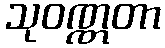
သုဝဏ္ဏတာ